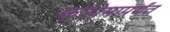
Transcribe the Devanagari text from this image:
कडोमापर्यंत